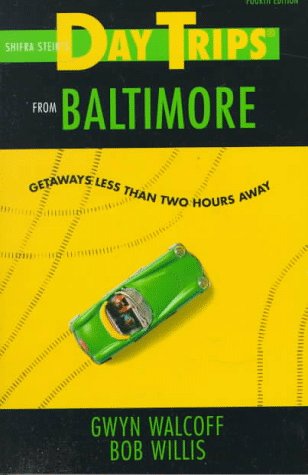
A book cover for Day Trips from Baltimore, 4th: Getaways Less Than Two Hours Away (Day Trips Series); Gwyn Walcoff; Travel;